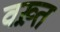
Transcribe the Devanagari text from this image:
वख़्त